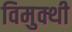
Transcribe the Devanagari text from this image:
विमुक्थी